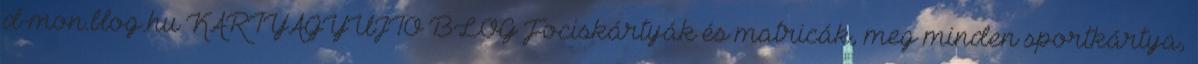
d-mon.blog.hu KÁRTYAGYŰJTŐ BLOG Fociskártyák és matricák, meg minden sportkártya,